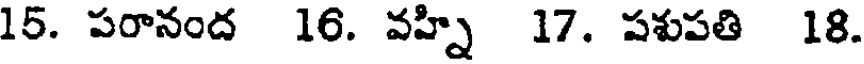
15. పరానంద 16. వహ్ని 17. పపపతి 18.